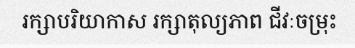
រក្សាបរិយាកាស រក្សាតុល្យភាព ជីវៈចម្រុះ